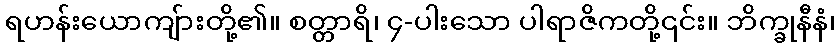
ရဟန်းယောကျ်ားတို့၏။ စတ္တာရိ၊ ၄-ပါးသော ပါရာဇိကတို့၎င်း။ ဘိက္ခုနီနံ၊